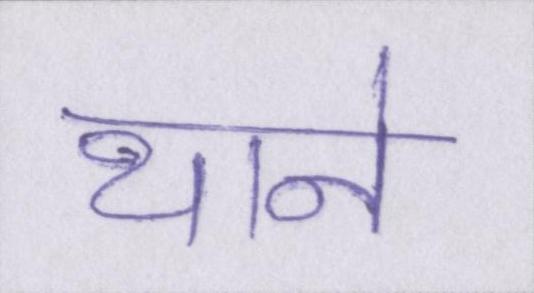
थाने